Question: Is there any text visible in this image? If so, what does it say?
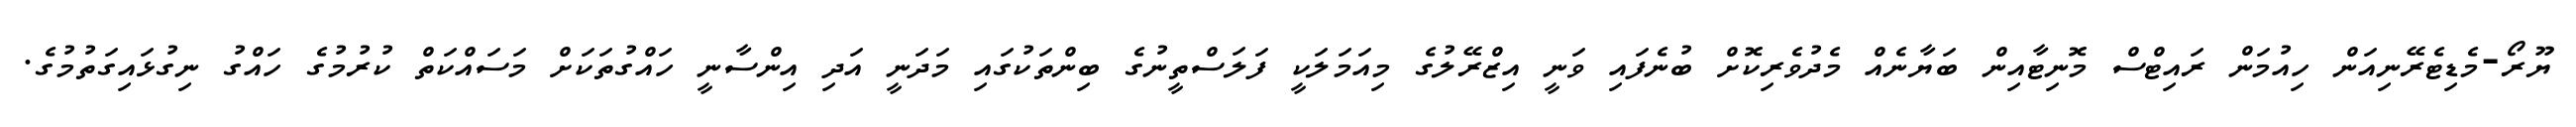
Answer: ޔޫރޯ-މެޑިޓެރޭނިއަން ހިއުމަން ރައިޓްސް މޮނިޓާއިން ބަޔާނެއް މެދުވެރިކޮށް ބުނެފައި ވަނީ އިޒްރޭލުގެ މިއަމަލަކީ ފަލަސްތީނުގެ ބިންތަކުގައި މަދަނީ އަދި އިންސާނީ ހައްގުތަކަށް މަސައްކަތް ކުރުމުގެ ހައްގު ނިގުޅައިގަތުމުގެ.